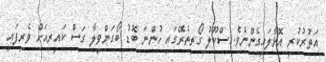
އަތުރުކުރި އޮޅާލައިގެންނެވެ. ސްކޫލު ގޯތިތެރޭގައި ހުންނަ ބޮޑު ބޯގަންވިލާ ގަސް ކައިރިއަށް ވެރިފައި